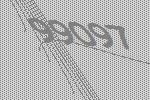
99097